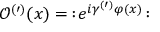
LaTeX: \mathcal { O } ^ { ( \prime ) } ( x ) = \, : \! e ^ { i \gamma ^ { ( \prime ) } \varphi ( x ) } \! :